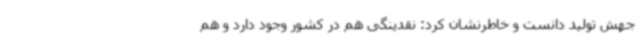
جهش تولید دانست و خاطرنشان کرد: نقدینگی هم در کشور وجود دارد و هم